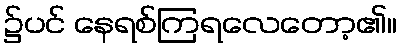
၌ပင် နေရစ်ကြရလေတော့၏။